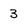
Character: 3